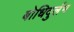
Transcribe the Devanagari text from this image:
बोधिदुर्लभ